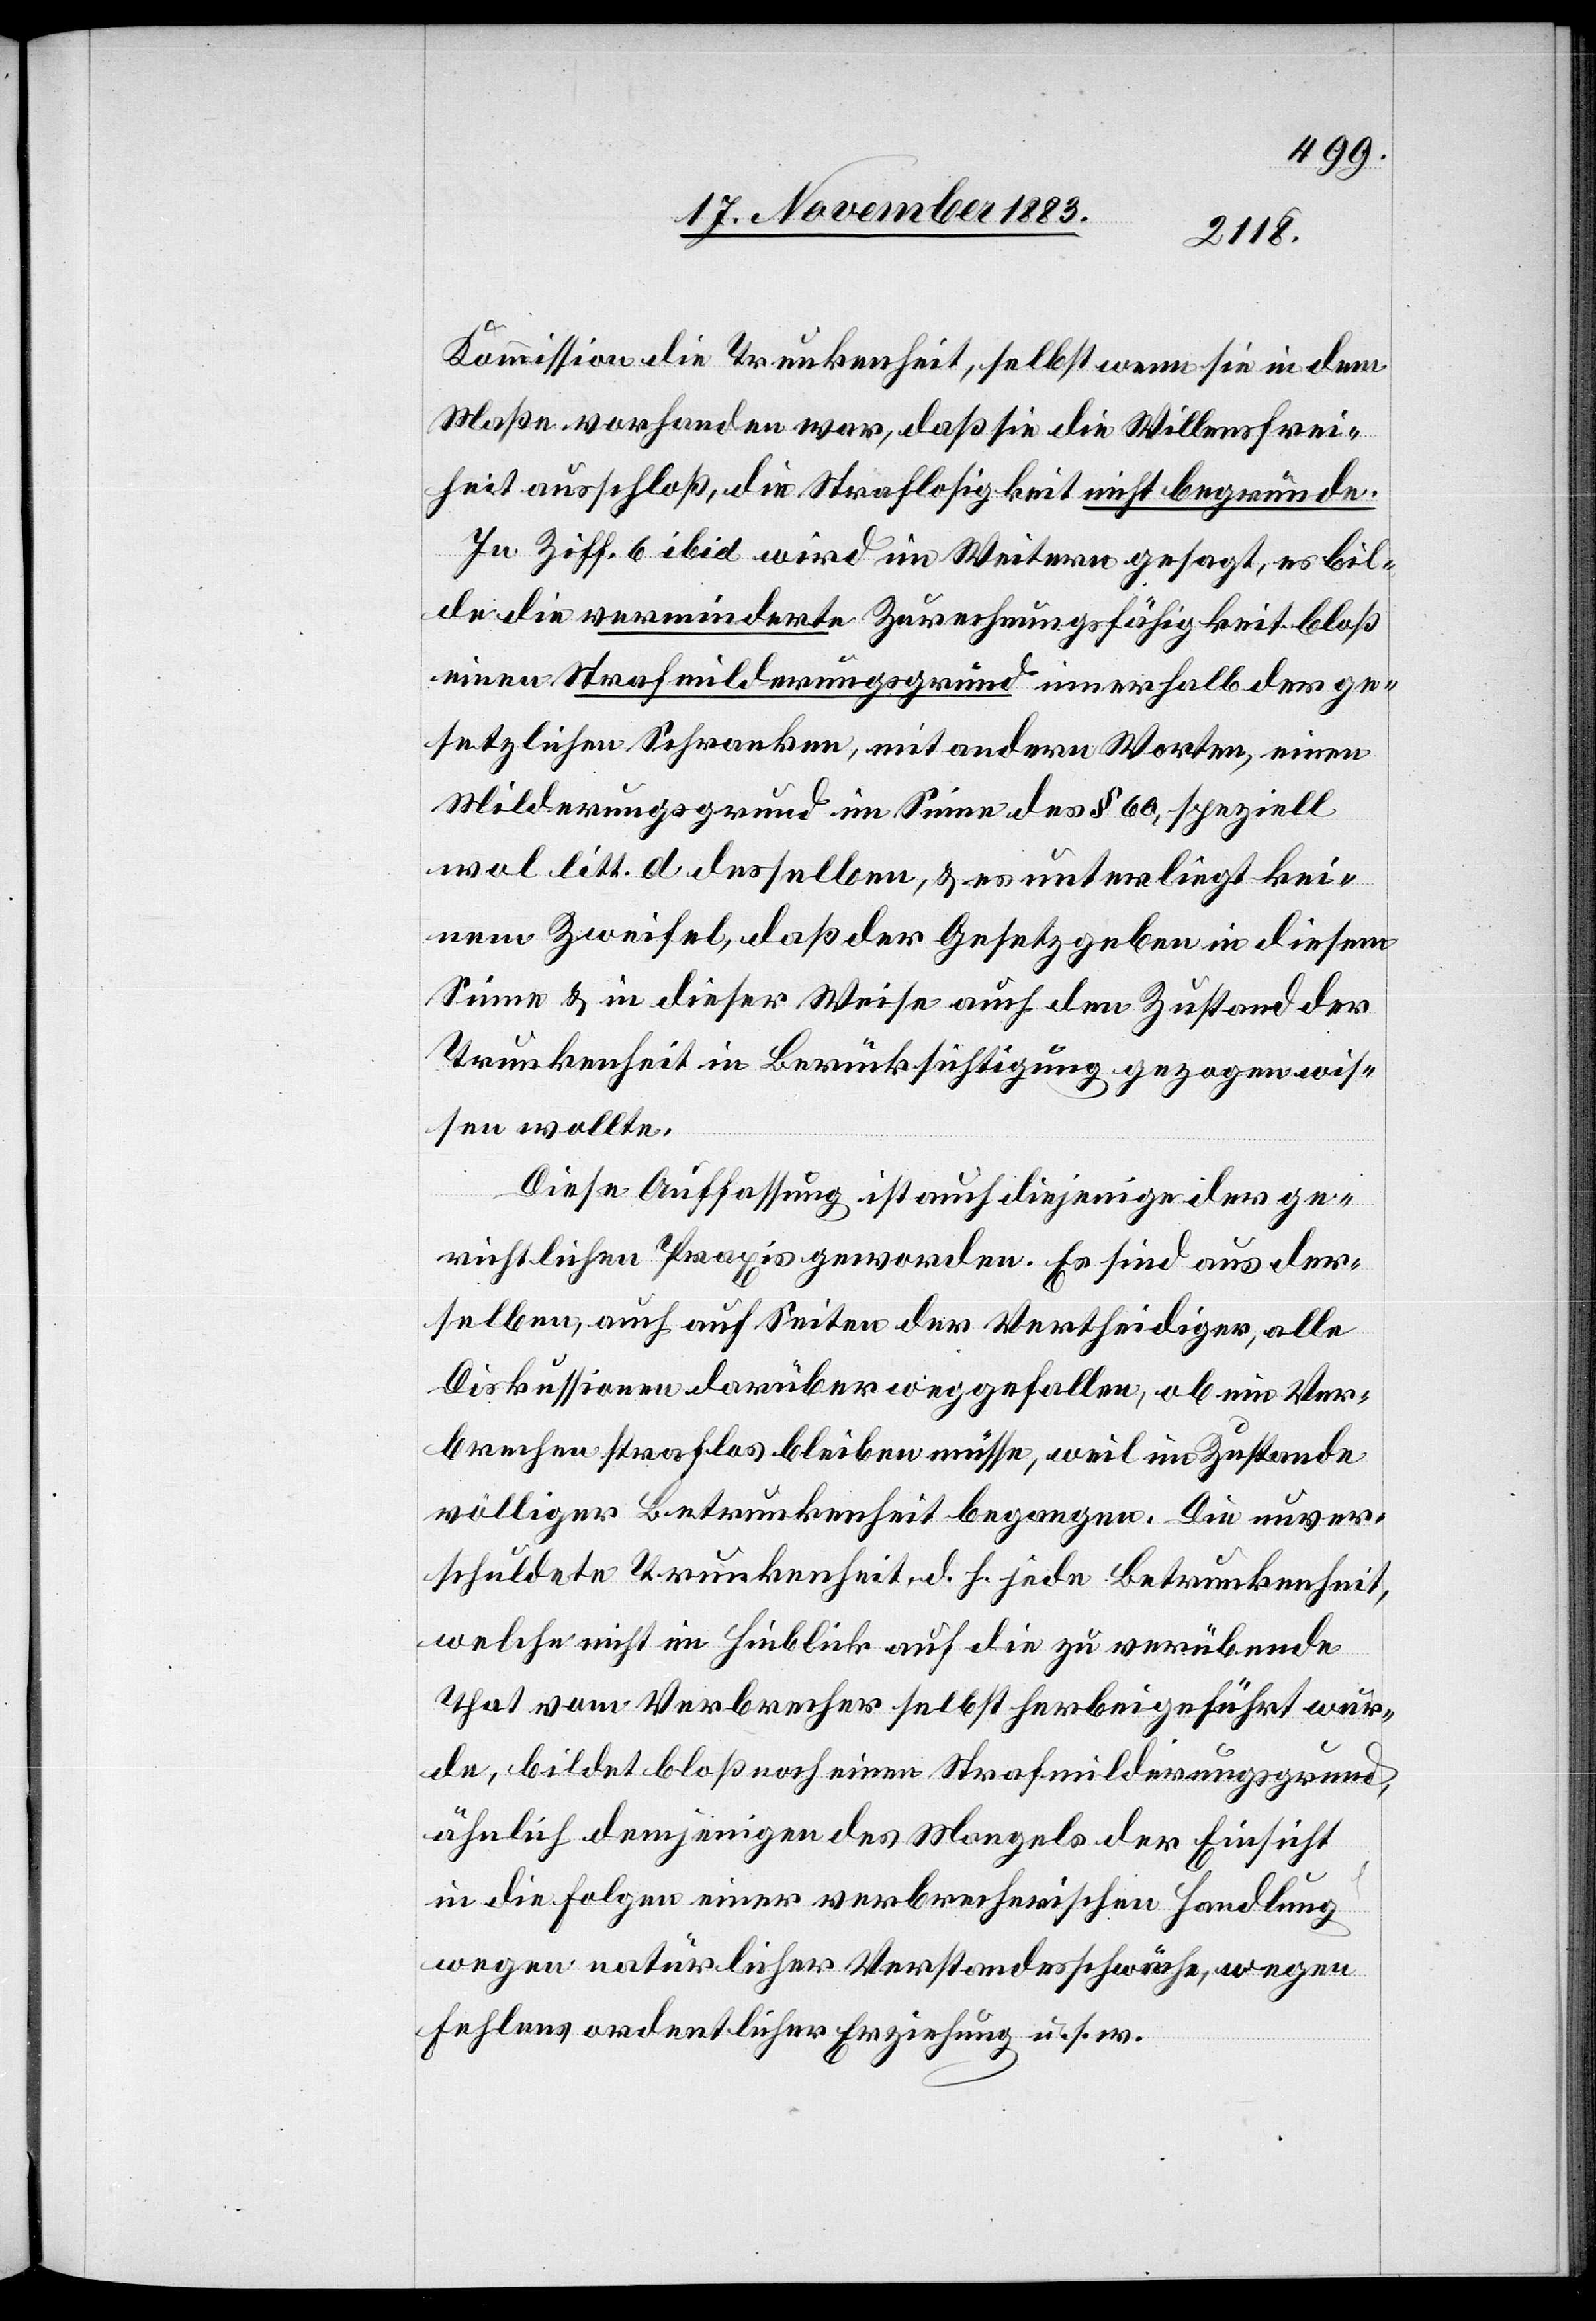
Kommission die Trunkenheit, selbst wenn sie in dem
Maße vorhanden war, daß sie die Willensfrei¬
heit ausschloß, die Straflosigkeit nicht begründe.
In Ziff. 6 ibid wird im Weitern gesagt, es bil¬
de die verminderte Zurechnungsfähigkeit bloß
einen Strafmilderungsgrund innerhalb der ge¬
setzlichen Schranken, mit andern Worten, einen
Milderungsgrund im Sinne des § 60, speziell
wol litt. d desselben, & es unterliegt kei¬
nem Zweifel, daß der Gesetzgeben [sic!] in diesem
Sinne & in dieser Weise auch den Zustand der
Trunkenheit in Berücksichtigung gezogen wis¬
sen wollte.
Diese Auffassung ist auf diejenige der ge¬
richtlichen Praxis geworden. Es sind aus der¬
selben, auch auf Seiten der Vertheidiger, alle
Diskussionen darüber weggefallen, ob ein Ver¬
brechen straflos bleiben müsse, weil im Zustande
völliger Betrunkenheit begangen. Die unver¬
schuldete Trunkenheit, d. h. jede Betrunkenheit,
welche nicht im Hinblick auf die verübende
That vom Verbrecher selbst herbeigeführt wur¬
de, bildet bloß noch einen Strafmilderungsgrund,
ähnlich demjenigen des Mangels der Einsicht
in die Folgen einer verbrecherischen Handlung
wegen natürlicher Verstandesschwäche, wegen
Fehlens ordentlicher Erziehung u. s. w.